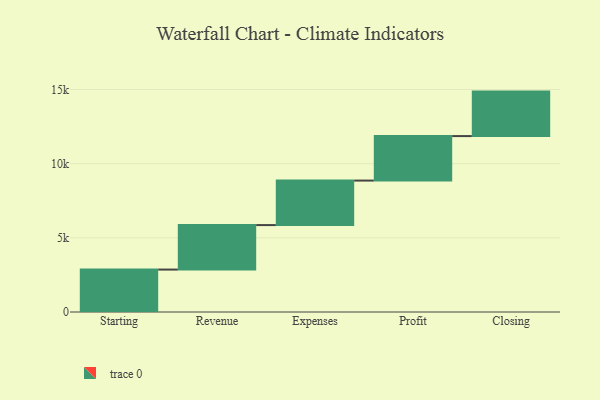
{"axis": {"x": "Step", "y": "Value"}, "legend": [""], "data": [{"x": "Starting", "y": 2861.0, "type": ""}, {"x": "Revenue", "y": 3000, "type": ""}, {"x": "Expenses", "y": 3000, "type": ""}, {"x": "Profit", "y": 3000, "type": ""}, {"x": "Closing", "y": 3000, "type": ""}]}